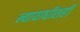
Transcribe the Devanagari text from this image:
न्यायाधीशही